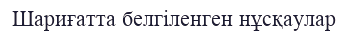
Шариғатта белгіленген нұсқаулар